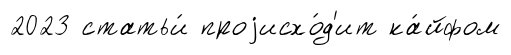
2023 статьи́ проjисхо́д'ит ка́йфом